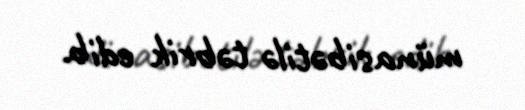
münasibətilə təbrik edib.